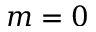
m = 0